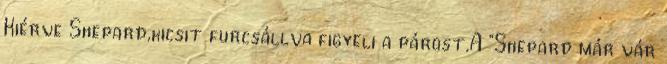
Kiérve Shepard,kicsit furcsállva figyeli a párost.A "Shepard már vár